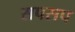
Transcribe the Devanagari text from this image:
सपसप